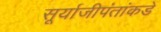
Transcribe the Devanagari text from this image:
सूर्याजीपंतांकडे